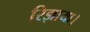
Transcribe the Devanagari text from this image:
रिझाया।